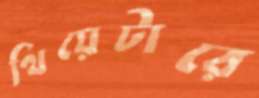
থিয়েটারে